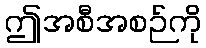
ဤအစီအစဉ်ကို